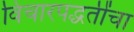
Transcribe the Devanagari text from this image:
विचारपद्धतींचा